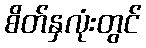
စိတ်နှလုံးတွင်